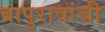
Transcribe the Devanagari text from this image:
बापुरावांची